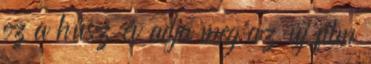
ez a húsz év adja meg az új film